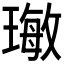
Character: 𤨨